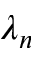
\lambda _ { n }